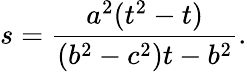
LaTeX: s=\frac{a^{2}(t^{2}-t)}{(b^{2}-c^{2})t-b^{2}}.